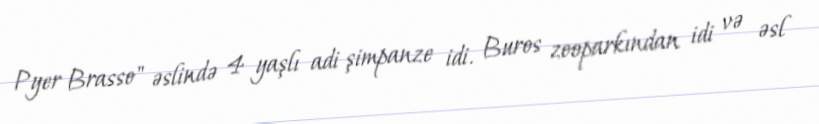
Pyer Brasso" əslində 4 yaşlı adi şimpanze idi. Buros zooparkından idi və əsl